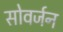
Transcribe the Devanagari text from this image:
सोवर्जन